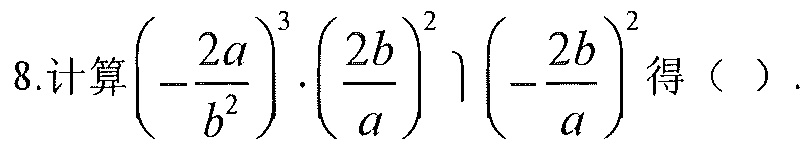
8.计算\(\left(-\frac{2a}{b^{2}}\right)^{3}\cdot\left(\frac{2b}{a}\right)^{2}\left(-\frac{2b}{a}\right)^{2}\)得（  ）.